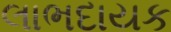
લાભદાયક